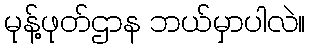
မုန့်ဖုတ်ဌာန ဘယ်မှာပါလဲ။